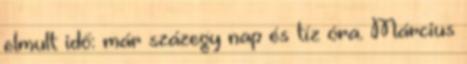
elmult idő: már százegy nap és tíz óra. Március